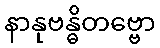
နာနုဗန္ဓိတဗ္ဗော